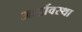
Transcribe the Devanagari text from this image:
आर्द्रावस्था